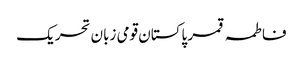
فاطمہ قمر پاکستان قومی زبان تحریک